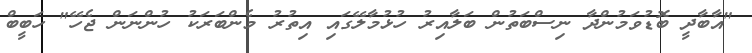
"އާބާދީ ބޮޑުވަމުންދާ ނިސްބަތުން ބަލާއިރު ހުޅުމާލޭގައި އިތުރު މެންބަރަކު ހުންނަން ޖެހޭ" ހަބީބް